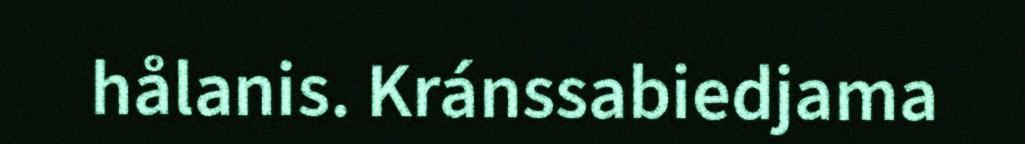
hålanis. Kránssabiedjama